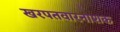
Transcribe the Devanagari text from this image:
खरपतवारनाशक